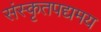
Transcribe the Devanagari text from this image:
संस्कृतपद्यमय